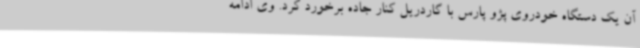
آن یک دستگاه خودروی پژو پارس با گاردریل کنار جاده برخورد کرد. وی ادامه